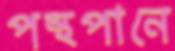
পন্থপানে